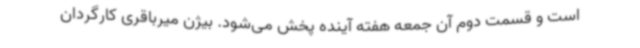
است و قسمت دوم آن جمعه هفته آینده پخش می‌شود. بیژن میرباقری کارگردان